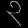
Digit: ၃